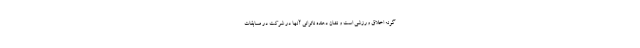
گونه اخلاق ورزشی است و نشان دهنده ناتوانی آنها در شرکت در مسابقات